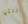
التي